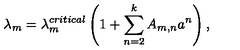
\lambda _ { m } = \lambda _ { m } ^ { c r i t i c a l } \left( 1 + \sum _ { n = 2 } ^ { k } A _ { m , n } a ^ { n } \right) ,